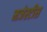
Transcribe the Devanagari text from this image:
मजेस्टीस